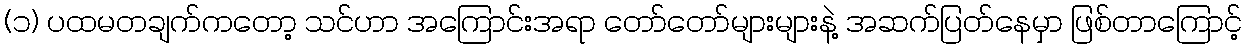
(၁) ပထမတချက်ကတော့ သင်ဟာ အကြောင်းအရာ တော်တော်များများနဲ့ အဆက်ပြတ်နေမှာ ဖြစ်တာကြောင့်